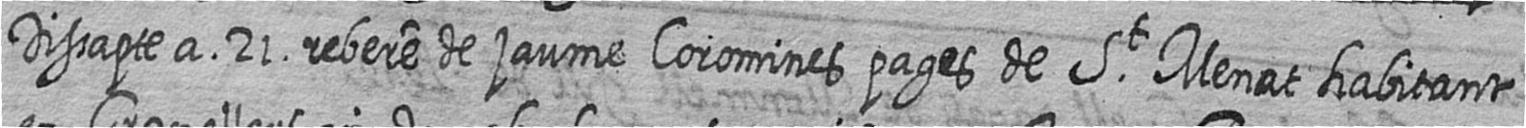
Dissapte a 21 rebere de jaume Coromines pages de St Menat habitant